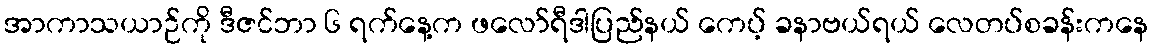
အာကာသယာဉ်ကို ဒီဇင်ဘာ ၆ ရက်နေ့က ဖလော်ရီဒါပြည်နယ် ကေပ့် ခနာဗယ်ရယ် လေတပ်စခန်းကနေ